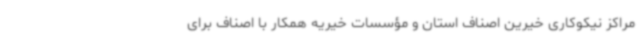
مراکز نیکوکاری خیرین اصناف استان و مؤسسات خیریه همکار با اصناف برای